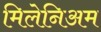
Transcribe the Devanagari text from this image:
मिलेनिअम